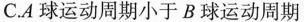
C.A球运动周期小于B球运动周期